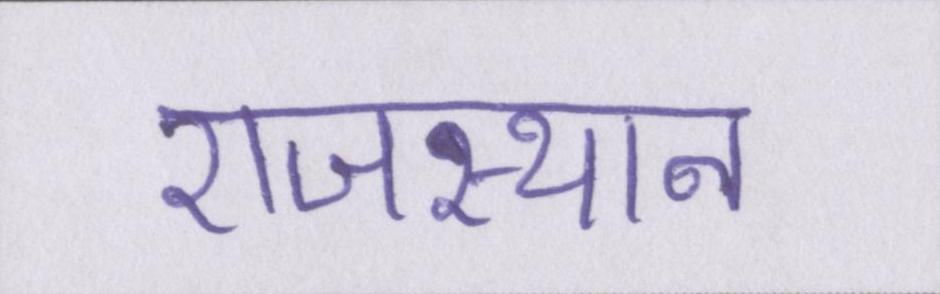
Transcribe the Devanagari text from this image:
राजस्थान